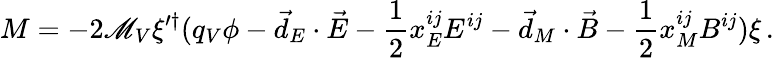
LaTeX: M=-2\mathscr{M}_{V}\xi^{\prime\dagger}(q_{V}\phi-\vec{{d}}_{E}\cdot\vec{{E}}-\frac{{1}}{{2}}x_{E}^{ij}E^{ij}-\vec{{d}}_{M}\cdot\vec{{B}}-\frac{{1}}{{2}}x_{M}^{ij}B^{ij})\xi\, .